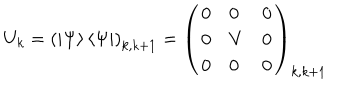
LaTeX: U _ { k } = \left( \left| \Psi \right\rangle \left\langle \Psi \right| \right) _ { k , k + 1 } = \left( \begin{array} { l l l } { { 0 } } & { { 0 } } & { { 0 } } \\ { { 0 } } & { { V } } & { { 0 } } \\ { { 0 } } & { { 0 } } & { { 0 } } \\ \end{array} \right) _ { k , k + 1 }